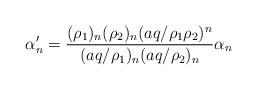
\begin{align*} \alpha'_n = \frac{(\rho_1)_n(\rho_2)_n(aq/\rho_1 \rho_2)^n}{(aq/\rho_1)_n(aq/\rho_2)_n}\alpha_n\end{align*}